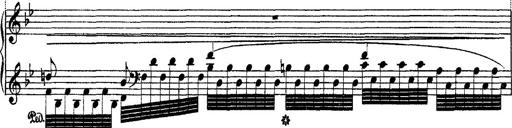
Title: Ã‰tudes d'exÃ©cution transcendante d'aprÃ¨s Paganini
Composer: Franz Liszt